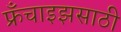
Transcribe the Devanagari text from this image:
फ्रँचाइझसाठी